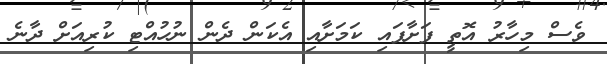
ވެސް މިހާރު އޮތީ ފަށާފައި ކަމަށާއި އެކަން ދެން ނުހުއްޓި ކުރިއަށް ދާނެ